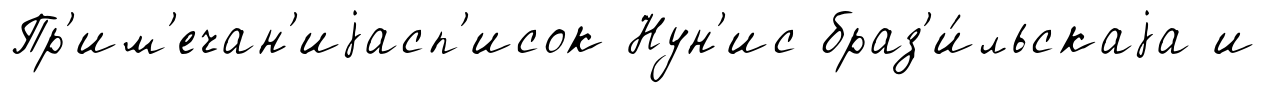
Пр'им'ечан'иjасп'исок Нун'ис браз'и́льскаjа и